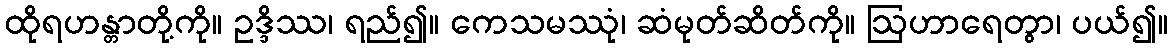
ထိုရဟန္တာတို့ကို။ ဥဒ္ဒိဿ၊ ရည်၍။ ကေသမဿုံ၊ ဆံမုတ်ဆိတ်ကို။ ဩဟာရေတွာ၊ ပယ်၍။